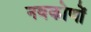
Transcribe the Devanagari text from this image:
नवकोणों